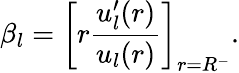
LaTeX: \beta_{l}=\left[r\frac{u_{l}^{\prime}(r)}{u_{l}(r)}\right]_{r=R^{-}}.